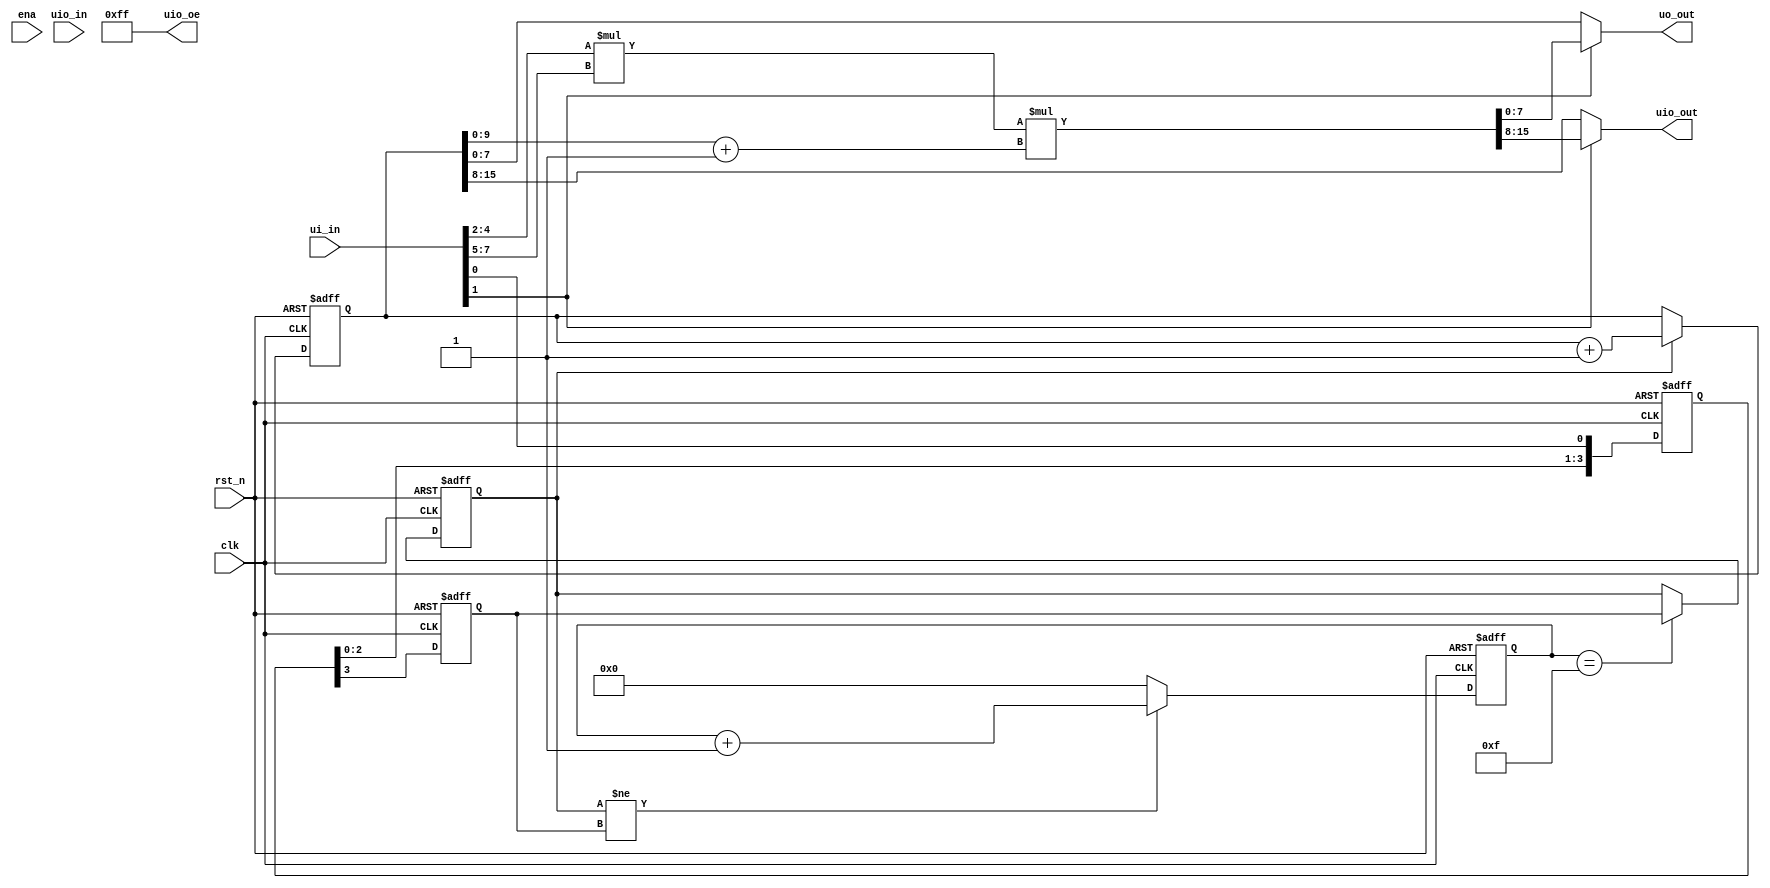
/*
 * Copyright (c) 2024 Your Name
 * SPDX-License-Identifier: Apache-2.0
 */

`default_nettype none

module tt_um_pyamnihc_dummy_counter (
    input  wire [7:0] ui_in,    // Dedicated inputs
    output wire [7:0] uo_out,   // Dedicated outputs
    input  wire [7:0] uio_in,   // IOs: Input path
    output wire [7:0] uio_out,  // IOs: Output path
    output wire [7:0] uio_oe,   // IOs: Enable path (active high: 0=input, 1=output)
    input  wire       ena,      // always 1 when the design is powered, so you can ignore it
    input  wire       clk,      // clock
    input  wire       rst_n     // reset_n - low to reset
);

  // All output pins must be assigned. If not used, assign to 0.

  assign uio_oe = 8'b1111_1111;
  // sync
  reg [3:0] count_en_p;
  reg count_en_r;
  wire count_en_in;
  assign count_en_in = ui_in[0];
  always @(posedge clk or negedge rst_n) begin
    if (!rst_n) begin
        count_en_p <= 'b0;
        count_en_r <= 'b0;
    end else begin
        {count_en_r, count_en_p} <= {count_en_p, count_en_in};
    end
  end
  
  // debounce
  reg count_en_db_r;
  reg [3:0] counter_db_r;
  always @(posedge clk or negedge rst_n) begin
    if (!rst_n) begin
        count_en_db_r <= 'b0;
        counter_db_r <= 'b0;
    end else begin
        if (count_en_db_r != count_en_r) begin
            counter_db_r <= counter_db_r + 1;
        end else begin
            counter_db_r <= 'b0;
        end
        if (counter_db_r == 4'b1111) begin
            count_en_db_r <= count_en_r;
        end else begin
            count_en_db_r <= count_en_db_r;
        end
    end
  end
  
  reg [15:0] counter_r;
  always @(posedge clk or negedge rst_n) begin
    if (!rst_n) begin
        counter_r <= 'b0;
    end else begin
        if (count_en_db_r) begin
            counter_r <= counter_r + 1'b1;    
        end else begin
            counter_r <= counter_r;
        end
    end
  end

  wire mult_en_in;
  assign mult_en_in = ui_in[1];

  wire [2:0] m_a;
  wire [2:0] m_b;
  assign m_a = ui_in[4:2];
  assign m_b = ui_in[7:5];

  wire [15:0] product;
  assign product = m_a * m_b * (counter_r[9:0] + 1'b1);

  assign uo_out = mult_en_in ? product[7:0] : counter_r[7:0];
  assign uio_out = mult_en_in ? product[15:8] : counter_r[15:8];

  // List all unused inputs to prevent warnings
  wire _unused = &{ena, uio_in};

endmodule